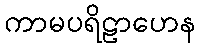
ကာမပရိဠာဟေန